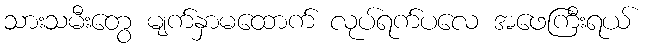
သားသမီးတွေ မျက်နှာမထောက် လုပ်ရက်ပလေ အဖေကြီးရယ်